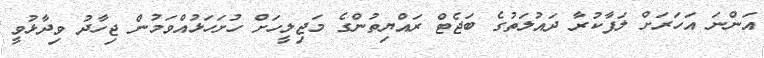
އަންނަ އަހަރަށް ލަފާކުރާ ދައުލަތުގެ ބަޖެޓް ރައްޔިތުންގެ މަޖިލީހަށް ހުށަހަޅުއްވަމުން ޖިހާދު ވިދާޅުވީ